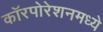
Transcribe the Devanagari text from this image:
कॉरपोरेशनमध्ये